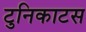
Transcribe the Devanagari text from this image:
टुनिकाटस